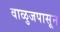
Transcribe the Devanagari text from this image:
वाळुजपासून